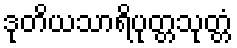
ဒုတိယသာရိပုတ္တသုတ္တံ